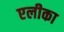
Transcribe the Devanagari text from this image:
एलीका